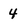
Character: 4